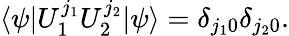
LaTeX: \langle\psi|U_{1}^{j_{1}}U_{2}^{j_{2}}|\psi\rangle=\delta_{j_{1}0}\delta_{j_{2}0}.